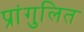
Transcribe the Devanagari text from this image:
प्रांगुलित